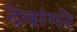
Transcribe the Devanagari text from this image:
देवांगरे